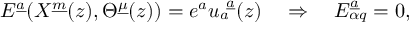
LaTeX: E ^ { \underline { { a } } } ( X ^ { \underline { { m } } } ( z ) , \Theta ^ { \underline { { \mu } } } ( z ) ) = e ^ { a } u _ { a } ^ { ~ \underline { { a } } } ( z ) \quad \Rightarrow \quad E _ { \alpha q } ^ { \underline { { a } } } = 0 ,